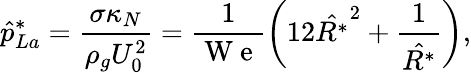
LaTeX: \hat{p}_{La}^{*}=\frac{\sigma\kappa_{N}}{\rho_{g}U_{0}^{2}}=\frac{1}{\mathrm{~W~e~}}\left(12\hat{R^{*}}^{2}+\frac{1}{\hat{R^{*}}}\right),